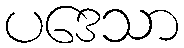
ပဒေသာ